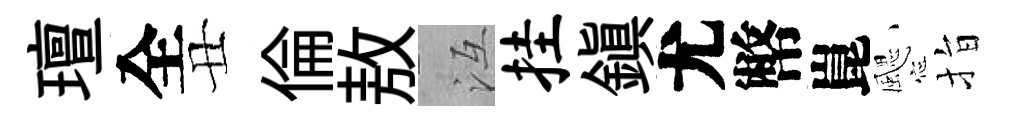
璮全丑倫敖冱挂鎮尤幣崑颸指